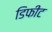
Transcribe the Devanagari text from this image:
डिफीट